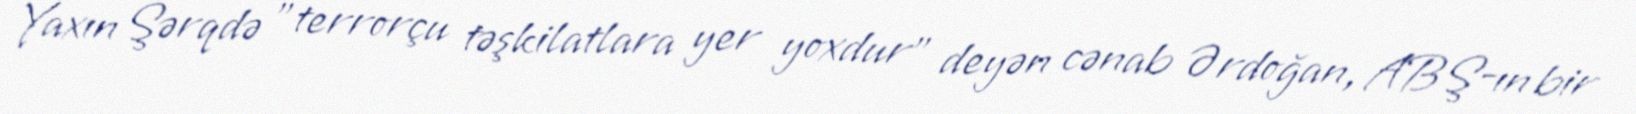
Yaxın Şərqdə "terrorçu təşkilatlara yer yoxdur" deyən cənab Ərdoğan, ABŞ-ın bir